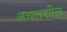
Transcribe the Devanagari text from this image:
अचलशील